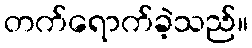
တက်ရောက်ခဲ့သည်။